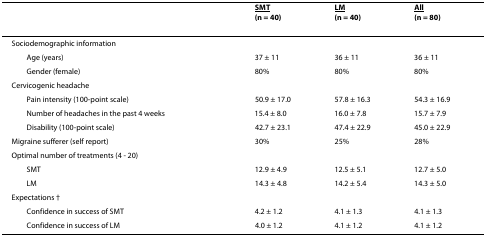
|  | <underline>SMT</underline>(n = 40) | <underline>LM</underline>(n = 40) | <underline>All</underline>(n = 80) |
 | --- | --- | --- | --- |
 | Sociodemographic information |  |  |  |
 | Age (years) | 37 ± 11 | 36 ± 11 | 36 ± 11 |
 | Gender (female) | 80% | 80% | 80% |
 | Cervicogenic headache |  |  |  |
 | Pain intensity (100-point scale) | 50.9 ± 17.0 | 57.8 ± 16.3 | 54.3 ± 16.9 |
 | Number of headaches in the past 4 weeks | 15.4 ± 8.0 | 16.0 ± 7.8 | 15.7 ± 7.9 |
 | Disability (100-point scale) | 42.7 ± 23.1 | 47.4 ± 22.9 | 45.0 ± 22.9 |
 | Migraine sufferer (self report) | 30% | 25% | 28% |
 | Optimal number of treatments (4 - 20) |  |  |  |
 | SMT | 12.9 ± 4.9 | 12.5 ± 5.1 | 12.7 ± 5.0 |
 | LM | 14.3 ± 4.8 | 14.2 ± 5.4 | 14.3 ± 5.0 |
 | Expectations † |  |  |  |
 | Confidence in success of SMT | 4.2 ± 1.2 | 4.1 ± 1.3 | 4.1 ± 1.3 |
 | Confidence in success of LM | 4.0 ± 1.2 | 4.1 ± 1.2 | 4.1 ± 1.2 |